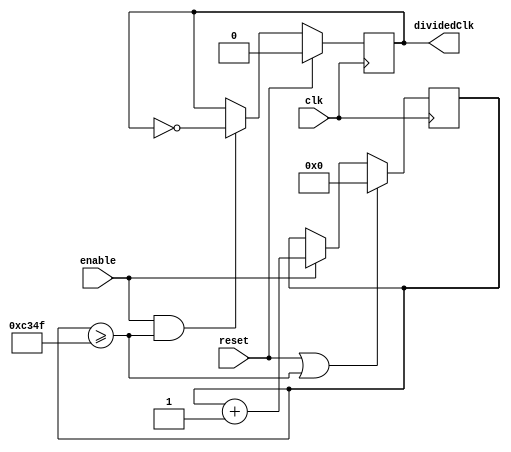
`timescale 1ns / 1ps

module ClockDivider#(parameter integer THRESHOLD = 50_000) // Create a 1,000 Hz clock signal
    (input wire clk, enable, reset,
     output reg dividedClk
    );
    reg [31:0] counter;
    
    always@(posedge clk)begin
        if (reset == 1 || counter >= THRESHOLD-1) begin
            counter <= 32'd0;
        end else if (enable == 1 ) begin
            counter <= counter + 1;
        end else begin
            counter <= counter;
        end
            
    end
    
    always@(posedge clk)begin
        if (reset == 1) begin
            dividedClk <= 0;
        end else if (enable == 1 & counter >= THRESHOLD-1) begin
            dividedClk <= ~dividedClk;
        end
    end
    
endmodule